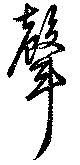
声